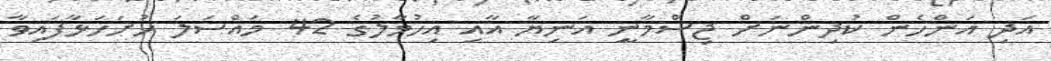
އަދި އަންހެން ކުދިންނަށް ޖިސްމާނީ އަނިޔާ އާއި އިހުމާލުގެ 42 މައްސަލަ ހުށަހަޅާފައިވާ